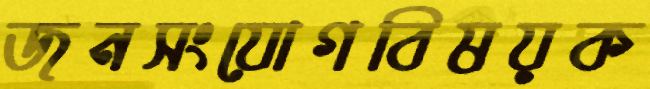
জনসংযোগবিষয়ক